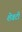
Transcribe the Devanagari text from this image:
शॆवटी